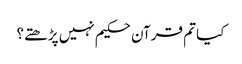
کیا تم قرآن حکیم نہیں پڑھتے؟